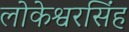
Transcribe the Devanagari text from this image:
लोकेश्वरसिंह